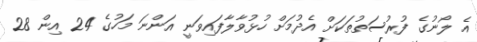
އެ ލޯނުގެ ފުރުސަތުތަކަށް އެދުމަށް ހުޅުވާލާފައިވަނީ އަންނަ މަހުގެ 24 އިން 28